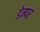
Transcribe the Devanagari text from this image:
डेम्पर